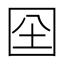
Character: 囶